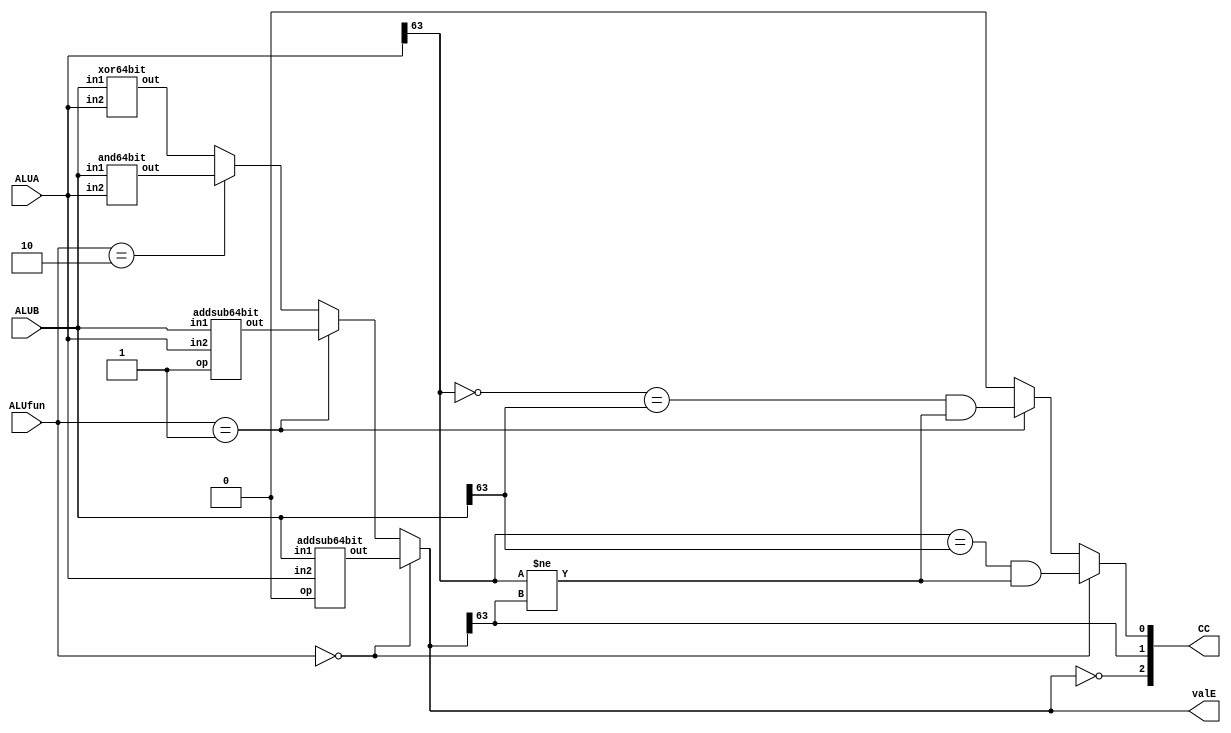
module alu (ALUA, ALUB, ALUfun, valE, CC);
	input  [63:0] ALUA;
	input  [63:0] ALUB;
	input  [ 1:0] ALUfun;
	output [63:0] valE;
	output [ 2:0] CC;

	wire [63:0] valE_addq, valE_subq, valE_andq, valE_xorq;

	addsub64bit addq (ALUB, ALUA, 1'b0, valE_addq);
	addsub64bit subq (ALUB, ALUA, 1'b1, valE_subq);
	and64bit    andq (ALUB, ALUA, valE_andq);
	xor64bit    xorq (ALUB, ALUA, valE_xorq);

	assign valE =
	ALUfun == 2'b00 ? valE_addq :
	ALUfun == 2'b01 ? valE_subq :
	ALUfun == 2'b10 ? valE_andq :
	valE_xorq;

	assign CC[2] = (valE == 1'b0); // ZF
	assign CC[1] = (valE[63] == 1); // SF
	assign CC[0] =
	ALUfun == 2'b00 ? (ALUA[63] == ALUB[63]) & (ALUA[63] != valE[63]) :
	ALUfun == 2'b01 ? (~ALUA[63] == ALUB[63]) & (ALUA[63] != valE[63]) :
	0; // OF
endmodule

module fulladder (in1, in2, cin, sum, cout);
	input  in1;
	input  in2;
	input  cin;
	output sum;
	output cout;

	wire w1, w2, w3;

	xor x1 (w1, in1, in2);	
	and x2 (w2, in1, in2);	
	xor x3 (sum, cin, w1);
	and x4 (w3, cin, w1);	
	or  x5 (cout, w2, w3);
endmodule

module addsub64bit (in1, in2, op, out);
	input  signed [63:0] in1;
	input  signed [63:0] in2;
	input  op;
	output signed [63:0] out;

	wire [63:0] nin2;
	wire [64:0] carry;
	assign carry[0] = op;

	genvar i;
	generate
		for (i = 0; i < 64; i = i + 1) begin
			xor x1 (nin2[i], in2[i], op);
		end
	endgenerate

	genvar j;
	generate
		for (j = 0; j < 64; j = j + 1) begin
			fulladder x2 (in1[j], nin2[j], carry[j], out[j], carry[j + 1]);
		end
	endgenerate
endmodule

module and64bit (in1, in2, out);
	input  signed [63:0] in1;
	input  signed [63:0] in2;
	output signed [63:0] out;

	genvar i;
	generate
		for (i = 0; i < 64; i = i + 1) begin
			and x1 (out[i], in1[i], in2[i]);
		end
	endgenerate
endmodule

module xor64bit (in1, in2, out);
	input  signed [63:0] in1;
	input  signed [63:0] in2;
	output signed [63:0] out;

	genvar i;
	generate
		for (i = 0; i < 64; i = i + 1) begin
			xor x1 (out[i], in1[i], in2[i]);
		end
	endgenerate
endmodule